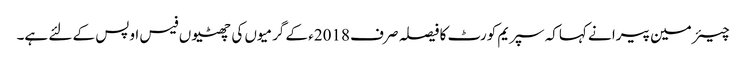
چیئر مین پیرا نے کہاکہ سپریم کورٹ کا فیصلہ صرف 2018ء کے گرمیوں کی چھٹیوں فیس اوپس کے لئے ہے۔